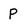
Character: P